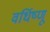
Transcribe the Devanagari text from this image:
वर्धिष्णू